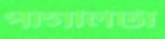
পাগলিটা